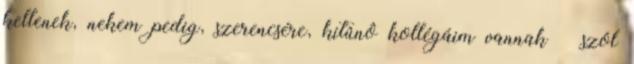
kellenek, nekem pedig, szerencsére, kitûnô kollégáim vannak – szól